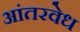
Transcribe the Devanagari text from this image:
आंतरवेध